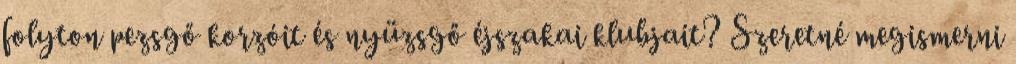
folyton pezsgő korzóit és nyüzsgő éjszakai klubjait? Szeretné megismerni